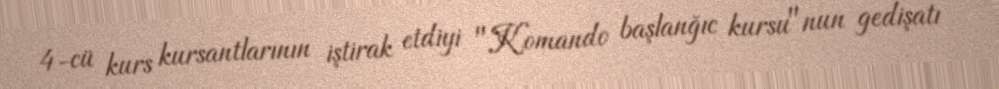
4-cü kurs kursantlarının iştirak etdiyi "Komando başlanğıc kursu"nun gedişatı